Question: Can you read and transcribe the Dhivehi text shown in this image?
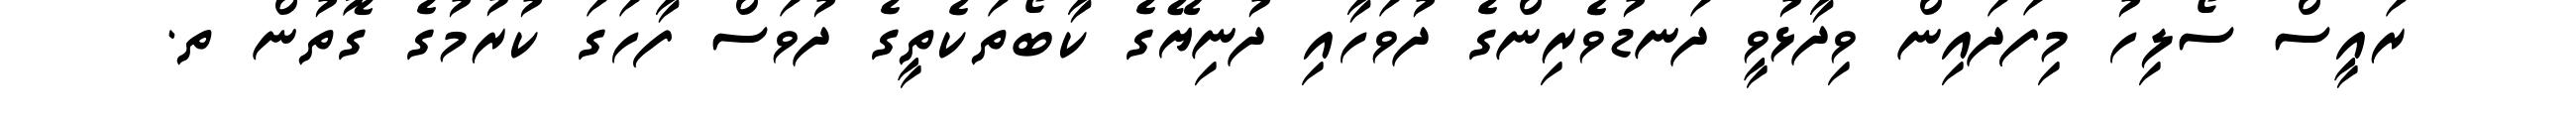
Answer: ރައީސް ސޯލިހު މިފަދައިން ވިދާޅުވީ ދަނޑުވެރިންގެ ދުވަހާއި ދުނިޔޭގެ ކާބޯތަކެތީގެ ދުވަސް ފާހަގަ ކުރުމުގެ ގޮތުން ތ.